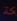
كة